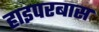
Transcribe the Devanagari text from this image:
हाइपरबास